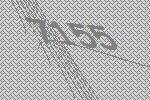
7155